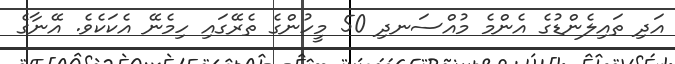
އަދި ތައިލެންޑުގެ އެންމެ މުއްސަނދި 50 މީހުންގެ ތެރޭގައި ހިމެނޭ އެކަކެވެ. އޭނާގެ